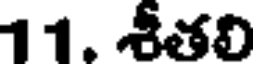
11. శీతలి